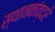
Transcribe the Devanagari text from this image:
स्थानकांव्दारे